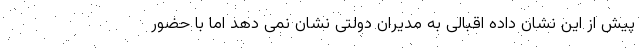
پیش از این نشان داده اقبالی به مدیران دولتی نشان نمی دهد اما با حضور